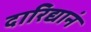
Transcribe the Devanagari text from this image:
दारिद्यानं